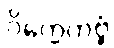
ဝိက္ကေတဗ္ဗံ